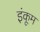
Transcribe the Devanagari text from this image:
इंकूम